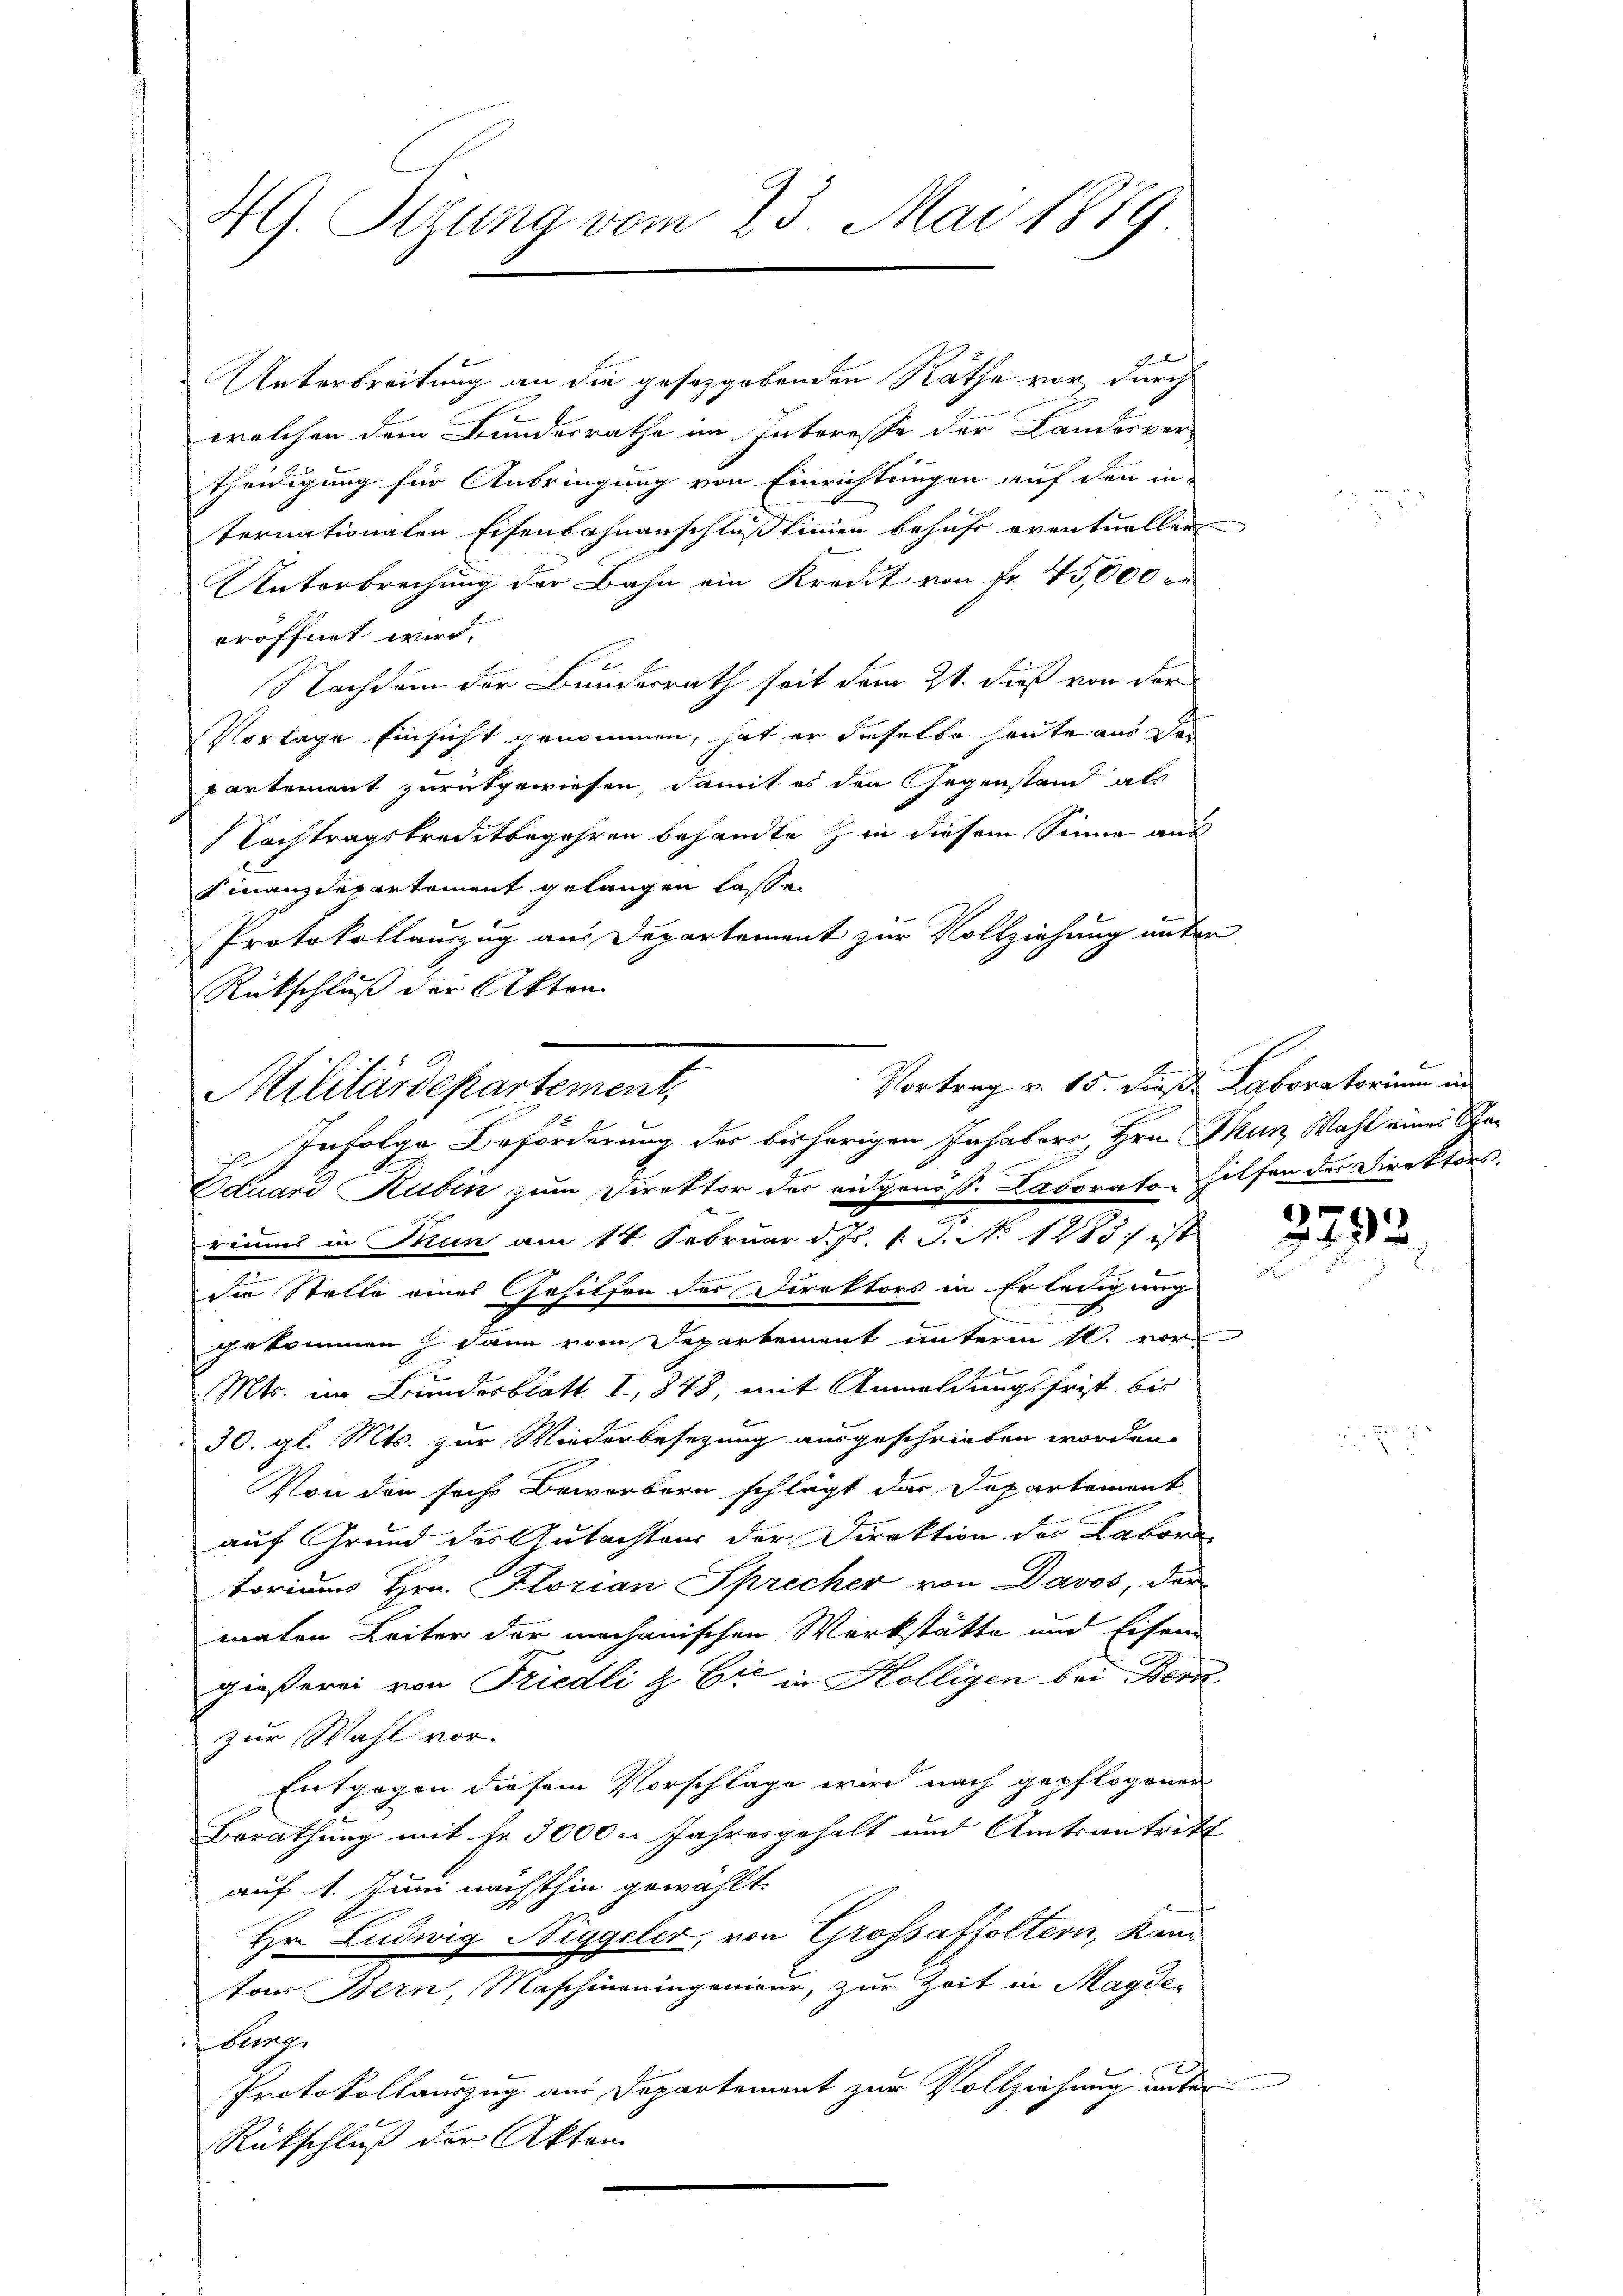
49. Sizung vom 23. Mai 1889

Unterbreitung an die gesetzgebenden Räthe vor durch
welchen dem Bundesrathe im Interesse der Landesver-
theidigung für Anbringung von Einrichtungen auf den in-
ternationalen Eisenbahnanschlüßlinien behufs eventueller
Unterbrechung der Bahn ein Kredit von Fr. 45,000 r.
eröffnet wird.
Nachdem der Bundesrath seit dem 21. dieß von der
Vorlage Einsicht genommen, hat er dieselbe heute aus Departement zurückgewiesen, damit es den Gegenstand als
Nachtragskreditbegehren behandte in diesem Sinne aus
Finanzdepartement gelangen lasse.
Protokollauszug aus Departement zur Vollziehung unter
Rückschluß der Akten
riums in Tun am 14. Februar d. Js. s. S. N. 1283) ist
die Stelle eines Gesitzen der Direktors in Erledigung
gekommen & dann vom Departement unterm 10. vor¬
Mts. im Bundesblatt I, 848, mit Anmeldungsfrist bis
30. gl. Mts. zur Wiederbesezung ausgeschrieben worden.
Von den sich Bewerbern schlägt das Departement
auf Grund des Gutachtens der Direktion des Labor
toriums Hrn. Florian Sprecher von Davos, der
maten Leiter der mechanischen Werkstätte und Eisen
gießerei von Friedli & Cie in Hölligen bei Bern
zur Wahl vor.
Entgegen diesem Vorschlage wird nach gepflogener
Berathung mit Fr. 5000 – Jahresgehalt und Amtsantritt
auf 1. Juni nächsthin gewählt.
Hr. Ludwig Niggeler, von Grossaffoltern, Kamtor Bern, Maschineingenieur, zur Zeit in Magde-
burg
Protokollauszug aus Departement zur Vollziehung unter
Rückschluß der Akten

Vortrag v. 15. Dieß Laboratorium in
Militärdepartement,
Infolge Beförderung des bisherigen Inhaber, Hrn. Thun Wahl eines Be¬
Eduard Rubin zum Direktor des eidgenöß- Laborato hilfen der Direktors.

n
(1)
942